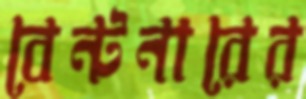
বেন্টনারের